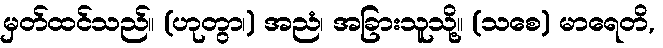
မှတ်ထင်သည်။ (ဟုတွာ၊) အညံ၊ အခြားသူသို့။ (သစေ) မာရေတိ,